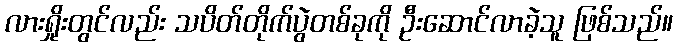
လားရှိုးတွင်လည်း သပိတ်တိုက်ပွဲတစ်ခုကို ဦးဆောင်လာခဲ့သူ ဖြစ်သည်။